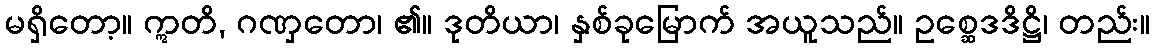
မရှိတော့။ ဣတိ, ဂဏှတော၊ ၏။ ဒုတိယာ၊ နှစ်ခုမြောက် အယူသည်။ ဥစ္ဆေဒဒိဋ္ဌိ၊ တည်း။